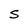
Character: S